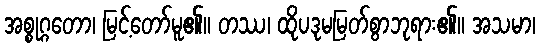
အစ္စုဂ္ဂတော၊ မြင့်တော်မူ၏။ တဿ၊ ထိုပဒုမမြတ်စွာဘုရား၏။ အသမာ၊